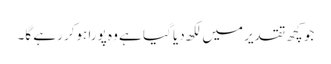
جو کچھ تقدیر میں لکھ دیا گیا ہے وہ پورا ہوکر رہے گا۔